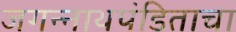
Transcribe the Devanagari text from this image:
जगन्‍नाथपंडिताचा